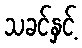
သခင်နှင့်